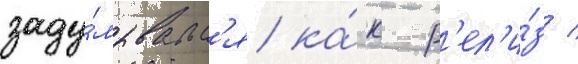
заду́мывалс'я ка́к р'ел'и́з /